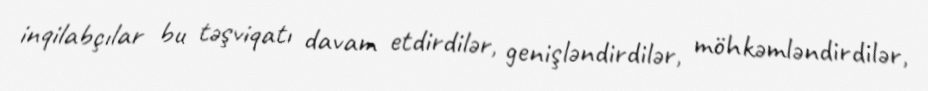
inqilabçılar bu təşviqatı davam etdirdilər, genişləndirdilər, möhkəmləndirdilər,